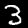
Digit: 3